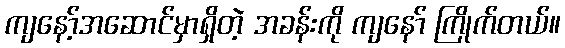
ကျနော့်အဆောင်မှာရှိတဲ့ အခန်းကို ကျနော် ကြိုက်တယ်။